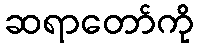
ဆရာတော်ကို